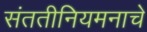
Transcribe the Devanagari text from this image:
संततीनियमनाचे